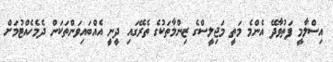
އިސްލާމީ ފަތުވާދޭ އެންމެ މަތީ މަޖިލީސްގެ ޒިންމާތަކުގެ ތެރޭގައި ދީނީ އެއްބައިވަންތަކަން ދެމެހެއްޓުމަށް